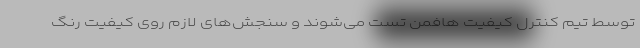
توسط تیم کنترل کیفیت هافمن تست می‌شوند و سنجش‌های لازم روی کیفیت رنگ